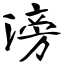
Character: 滂